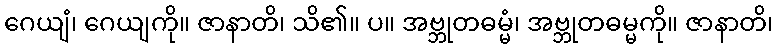
ဂေယျံ၊ ဂေယျကို။ ဇာနာတိ၊ သိ၏။ ပ။ အဗ္ဘုတဓမ္မံ၊ အဗ္ဘုတဓမ္မကို။ ဇာနာတိ၊